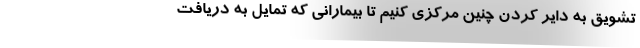
تشویق به دایر کردن چنین مرکزی کنیم تا بیمارانی که تمایل به دریافت